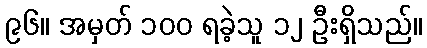
၉၆။ အမှတ် ၁၀၀ ရခဲ့သူ ၁၂ ဦးရှိသည်။